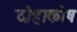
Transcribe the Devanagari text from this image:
दोहाकोष